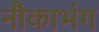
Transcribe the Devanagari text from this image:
नौकाभंग